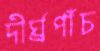
দীর্ঘ্রপাঁচ